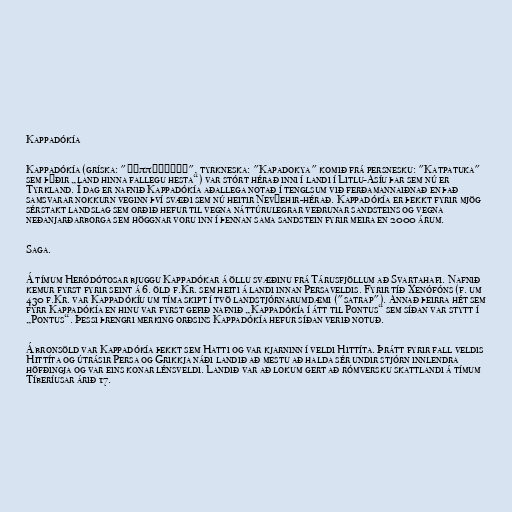
Kappadókía

Kappadókía (gríska: "Καππαδοκία", tyrkneska: "Kapadokya" komið frá persnesku: "Katpatuka"
sem þýðir „land hinna fallegu hesta“) var stórt hérað inni í landi í Litlu-Asíu þar sem nú er
Tyrkland. Í dag er nafnið Kappadókía aðallega notað í tenglsum við ferðamannaiðnað en það
samsvarar nokkurn veginn því svæði sem nú heitir Nevşehir-hérað. Kappadókía er þekkt fyrir mjög
sérstakt landslag sem orðið hefur til vegna náttúrulegrar veðrunar sandsteins og vegna
neðanjarðarborga sem höggnar voru inn í þennan sama sandstein fyrir meira en 2000 árum.

Saga.

Á tímum Heródótosar bjuggu Kappadókar á öllu svæðinu frá Tárusfjöllum að Svartahafi. Nafnið
kemur fyrst fyrir seint á 6. öld f.Kr. sem heiti á landi innan Persaveldis. Fyrir tíð Xenófóns (f. um
430 f.Kr. var Kappadókíu um tíma skipt í tvö landstjórnarumdæmi ("satrap"). Annað þeirra hét sem
fyrr Kappadókía en hinu var fyrst gefið nafnið „Kappadókía í átt til Pontus“ sem síðan var stytt í
„Pontus“. Þessi þrengri merking orðsins Kappadókía hefur síðan verið notuð.

Á bronsöld var Kappadókía þekkt sem Hatti og var kjarninn í veldi Hittíta. Þrátt fyrir fall veldis
Hittíta og útrásir Persa og Grikkja náði landið að mestu að halda sér undir stjórn innlendra
höfðingja og var eins konar lénsveldi. Landið var að lokum gert að rómversku skattlandi á tímum
Tíberíusar árið 17.